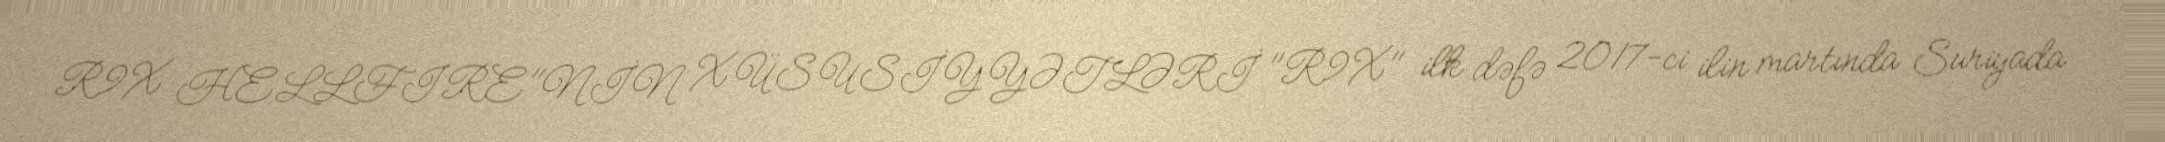
R9X HELLFIRE"NİN XÜSUSİYYƏTLƏRİ "R9X" ilk dəfə 2017-ci ilin martında Suriyada